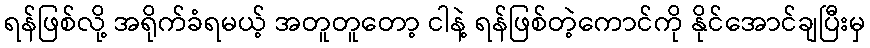
ရန်ဖြစ်လို့ အရိုက်ခံရမယ့် အတူတူတော့ ငါနဲ့ ရန်ဖြစ်တဲ့ကောင်ကို နိုင်အောင်ချပြီးမှ